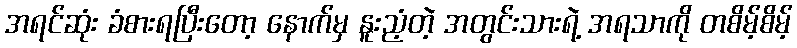
အရင်ဆုံး ခံစားရပြီးတော့ နောက်မှ နူးညံ့တဲ့ အတွင်းသားရဲ့ အရသာကို တစိမ့်စိမ့်